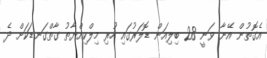
އެގޮތުން އޭނާ ވަނީ 28 ބިލިއަން ޑޮލަރުގައި ހުރި މިލްކިއްޔާތު ގާތްގަނޑަކަށް ދެ